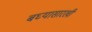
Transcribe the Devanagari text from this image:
बघ्‍यासारखी